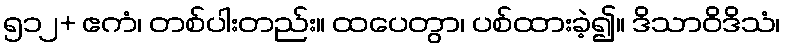
၅၁၂+ ဧကံ၊ တစ်ပါးတည်း။ ထပေတွာ၊ ပစ်ထားခဲ့၍။ ဒိသာဝိဒိသံ၊